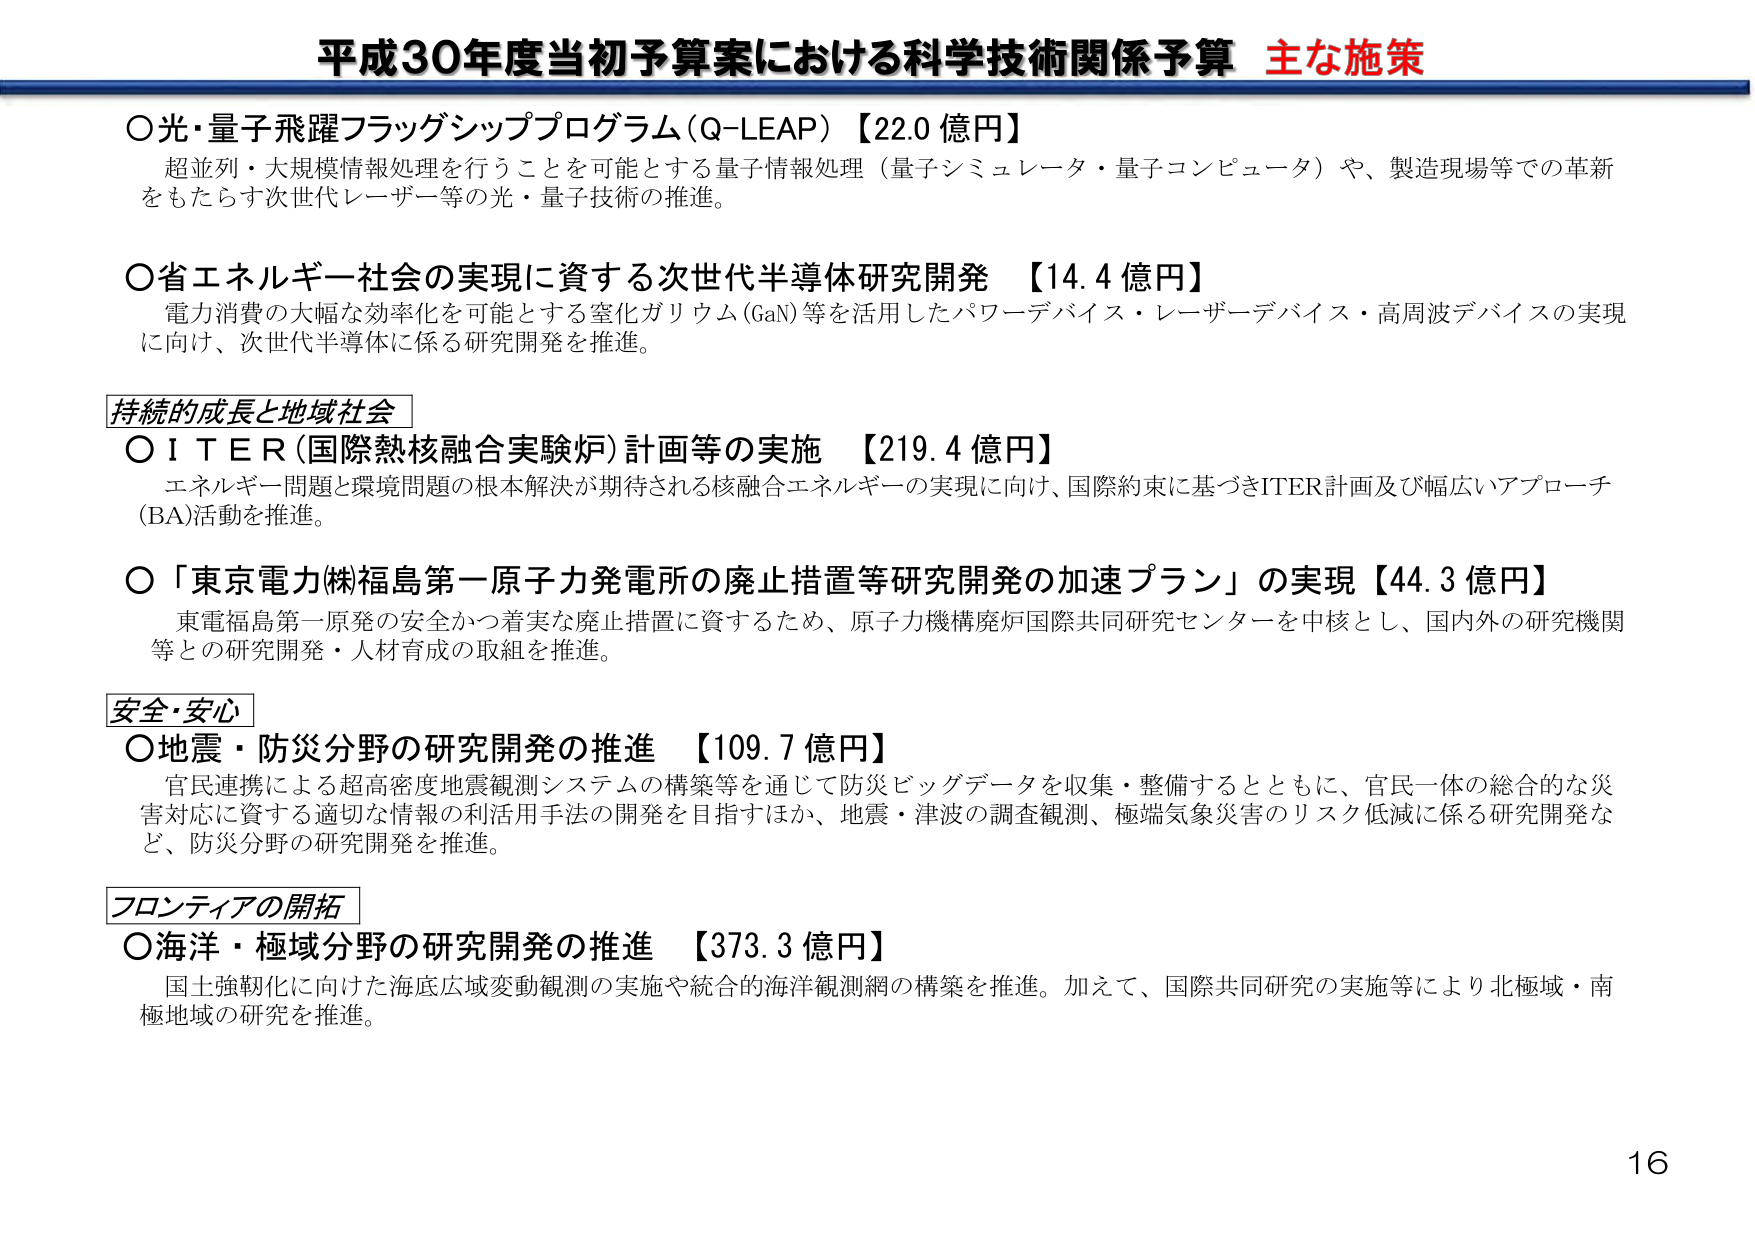
平成30年度当初予算案における科学技術関係予算 主な施策

○光・量子飛躍フラッグシッププログラム（Q-LEAP）【22.0 億円】
超並列・大規模情報処理を行うことを可能とする量子情報処理（量子シミュレータ・量子コンピュータ）や、製造現場等での革新をもたらす次世代レーザー等の光・量子技術の推進。

○省エネルギー社会の実現に資する次世代半導体研究開発 【14.4 億円】
電力消費の大幅な効率化を可能とする窒化ガリウム（GaN）等を活用したパワーデバイス・レーザーデバイス・高周波デバイスの実現に向け、次世代半導体に係る研究開発を推進。

持続的成長と地域社会
○ＩＴＥＲ（国際熱核融合実験炉）計画等の実施 【219.4 億円】
エネルギー問題と環境問題の根本解決が期待される核融合エネルギーの実現に向け、国際約束に基づきITER計画及び幅広いアプローチ（BA）活動を推進。

○「東京電力㈱福島第一原子力発電所の廃止措置等研究開発の加速プラン」の実現【44.3 億円】
東電福島第一原発の安全かつ着実な廃止措置に資するため、原子力機構廃炉国際共同研究センターを中核とし、国内外の研究機関等との研究開発・人材育成の取組を推進。

安全・安心
○地震・防災分野の研究開発の推進 【109.7 億円】
官民連携による超高密度地震観測システムの構築等を通じて防災ビッグデータを収集・整備するとともに、官民一体の総合的な災害対応に資する適切な情報の利活用手法の開発を目指すほか、地震・津波の調査観測、極端気象災害のリスク低減に係る研究開発など、防災分野の研究開発を推進。

フロンティアの開拓
○海洋・極域分野の研究開発の推進 【373.3 億円】
国土強靭化に向けた海底広域変動観測の実施や統合的海洋観測網の構築を推進。加えて、国際共同研究の実施等により北極域・南極地域の研究を推進。

16